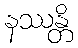
နဿန္တိ